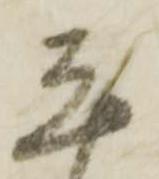
志